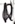
Text: Q